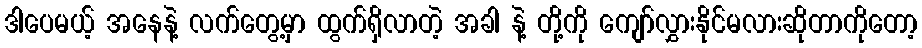
ဒါပေမယ့် အနေနဲ့ လက်တွေ့မှာ ထွက်ရှိလာတဲ့ အခါ နဲ့ တို့ကို ကျော်လွှားနိုင်မလားဆိုတာကိုတော့